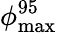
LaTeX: \phi_{\mathrm{max}}^{95}